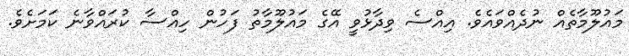
މައުލޫމާތެއް ނުދެއްވައެވެ. އިއްސެ ވިދާޅުވީ އޭގެ މައުލޫމާތު ފަހުން ހިއްސާ ކުރައްވާނެ ކަމަށެވެ.